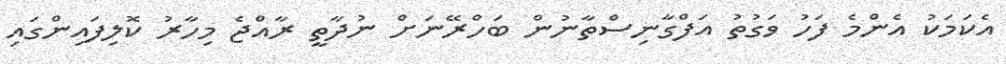
އެކަމަކު އެންމެ ފަހު ވަގުތު އަފްގާނިސްތާނުން ބަހްރޭނަށް ނުދާތީ ރާއްޖެ މިހާރު ކޮލިފައިންގައި